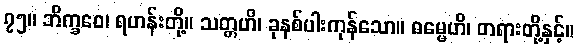
၇၅။ ဘိက္ခဝေ၊ ရဟန်းတို့။ သတ္တဟိ၊ ခုနစ်ပါးကုန်သော။ ဓမ္မေဟိ၊ တရားတို့နှင့်။